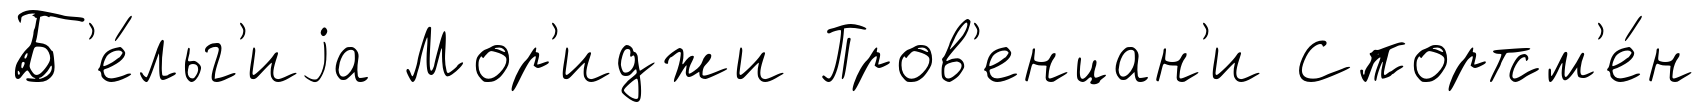
Б'е́льг'иjа Мор'иджи Пров'енцан'и Спортсм'е́н